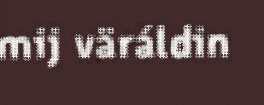
mij väráldin